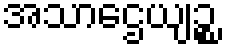
အသာဌေယျဉ္စ